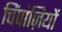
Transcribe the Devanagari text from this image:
चिंपांज़ियों